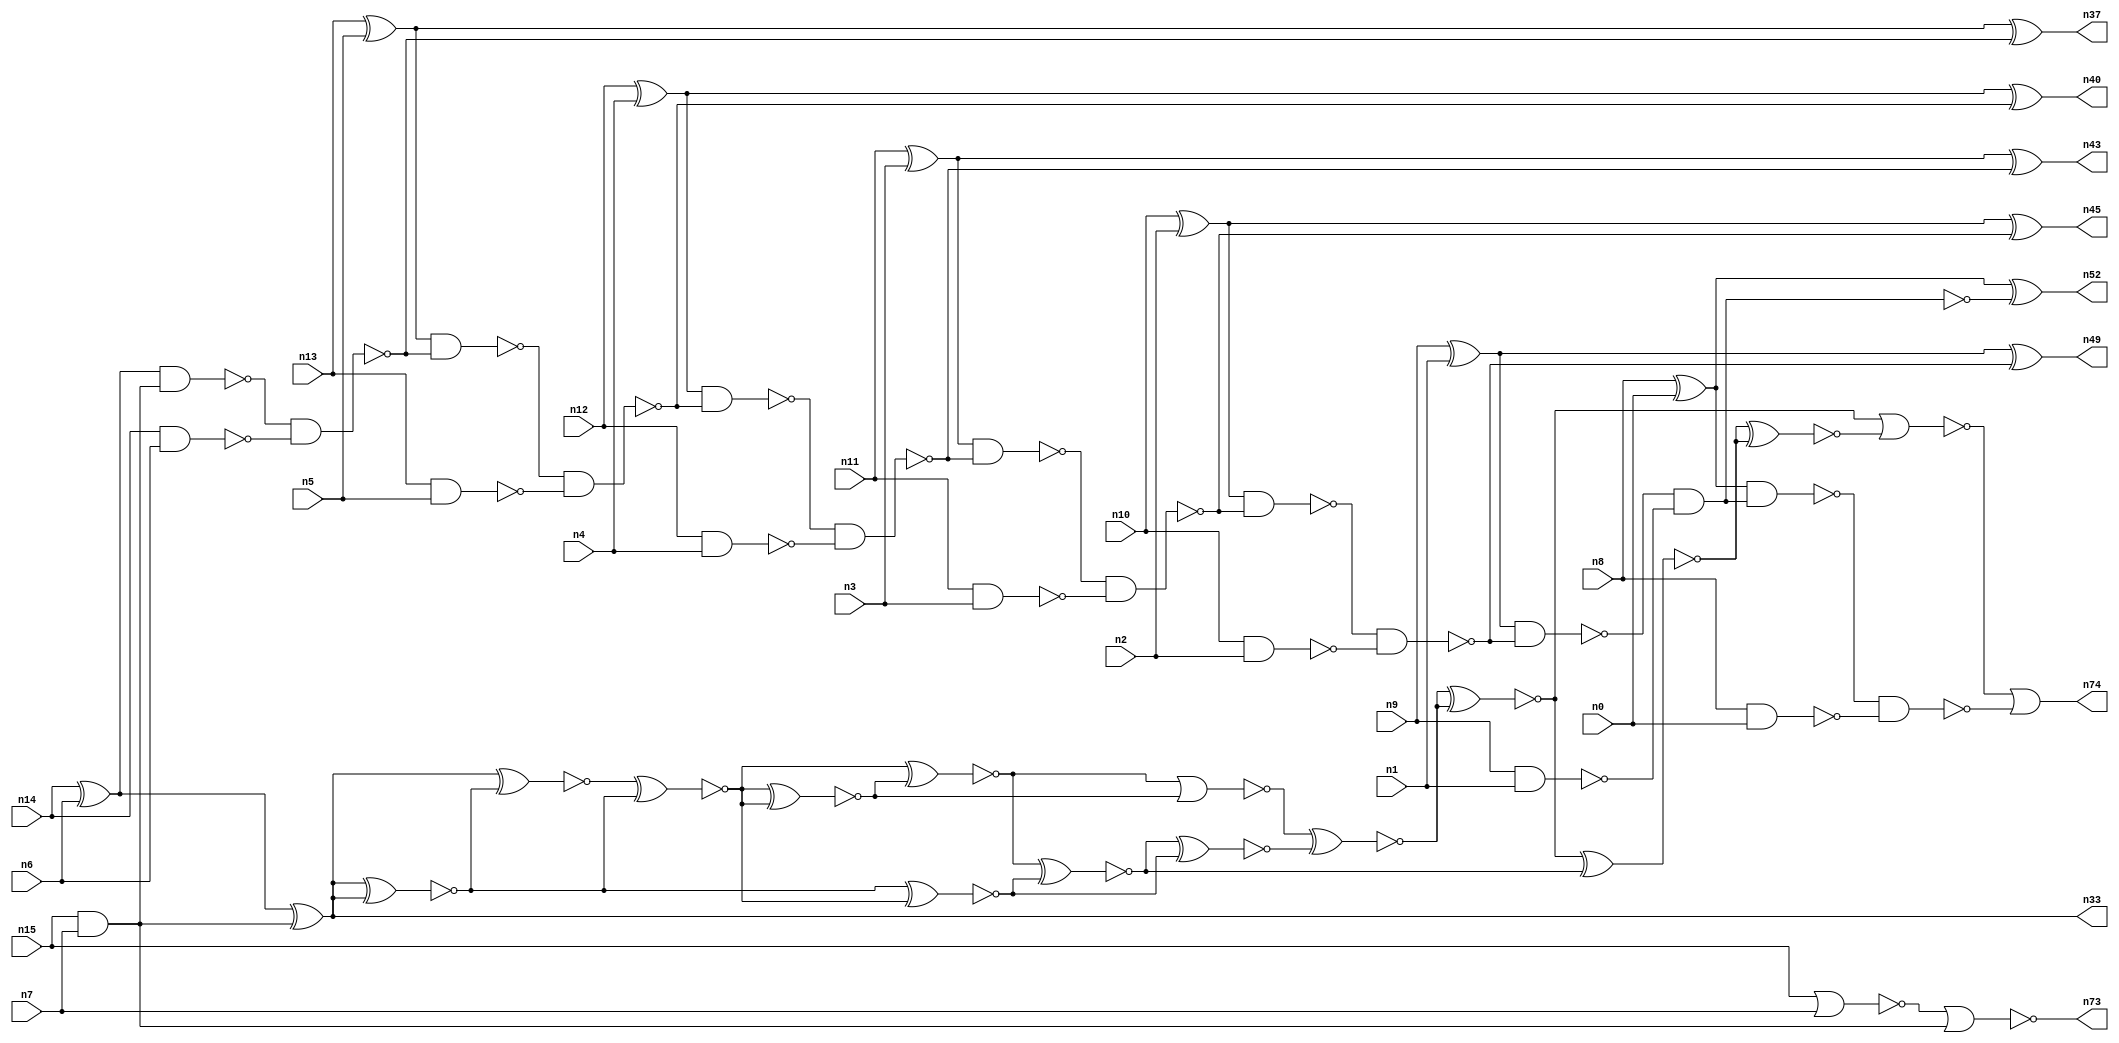
// This program was cloned from: https://github.com/umar-afzaal/ReCkt
// License: MIT License

// This file contains a pareto-optimal circuit with respect to area and the fault-resilince parameter p_fault which is defined as:
// "For all input vectors, the ratio of the no. of faults observable at the POs to the no. of total possible faults in the circuit".
// This code is part of the ReCkt library (https://github.com/umar-afzaal/ReCkt) distributed under The MIT License.
// When used, please cite the following article(s):
// U. Afzaal, A.S. Hassan, M. Usman and J.A. Lee, "On the Evolutionary Synthesis of Increased Fault-resilience Arithmetic Circuits".

// p_fault = 68.7 %    (Lower is better)
// gates = 57.0
// levels = 16
// area = 81.56    (For MCNC library relative to nand2)
// power = 446.4 uW    (Berkely-SIS for MCNC library @ Vdd=5V and 20 MHz clock)
// delay = 30.7 ns    (Berkely-ABC for MCNC library)
// PDP = 1.37045e-11 J

// Pin mapping:
// {n0, n1, n2, n3, n4, n5, n6, n7} = A[7:0]
// {n8, n9, n10, n11, n12, n13, n14, n15} = B[7:0]
// {n74, n52, n49, n45, n43, n40, n37, n33, n73} = O[8:0]

module addr8s_area_33 (
n0, n1, n2, n3, n4, n5, n6, n7, n8, n9, n10, n11, n12, n13, n14, n15, 
n74, n52, n49, n45, n43, n40, n37, n33, n73
);

input n0, n1, n2, n3, n4, n5, n6, n7, n8, n9, n10, n11, n12, n13, n14, n15;
output n74, n52, n49, n45, n43, n40, n37, n33, n73;
wire n22, n42, n28, n21, n54, n71, n72, n30, n16, n27, n24, n56, n66, n20, n53, n32, n64, n18, n55, n63, 
n51, n70, n31, n39, n25, n58, n41, n26, n35, n29, n17, n38, n19, n34, n61, n62, n65, n50, n46, n47, 
n59, n23, n36, n48, n57, n60, n68, n44;

xor (n16, n9, n1);
xor (n17, n10, n2);
xor (n18, n8, n0);
nand (n19, n14, n6);
nand (n20, n10, n2);
nand (n21, n13, n5);
and (n22, n15, n7);
nor (n23, n15, n7);
xor (n24, n13, n5);
xor (n25, n14, n6);
nand (n26, n12, n4);
xor (n27, n11, n3);
xor (n28, n12, n4);
nand (n29, n11, n3);
nand (n30, n9, n1);
nand (n31, n8, n0);
nand (n32, n25, n22);
xor (n33, n25, n22);
nor (n34, n23, n22);
nand (n35, n32, n19);
nand (n36, n24, n35);
xor (n37, n24, n35);
nand (n38, n36, n21);
nand (n39, n28, n38);
xor (n40, n28, n38);
nand (n41, n39, n26);
nand (n42, n27, n41);
xor (n43, n27, n41);
nand (n44, n42, n29);
xor (n45, n17, n44);
nand (n46, n17, n44);
nand (n47, n46, n20);
nand (n48, n16, n47);
xor (n49, n16, n47);
and (n50, n48, n30);
nand (n51, n48, n30);
xor (n52, n18, n51);
nand (n53, n18, n50);
nand (n54, n53, n31);
xnor (n55, n33, n33);
xnor (n56, n33, n33);
xnor (n57, n33, n55);
xnor (n58, n57, n56);
xnor (n59, n55, n57);
xnor (n60, n58, n59);
xnor (n61, n56, n58);
xnor (n62, n59, n60);
nor (n63, n62, n60);
xnor (n64, n62, n61);
xnor (n65, n64, n61);
xnor (n66, n63, n65);
xnor (n68, n66, n66);
xnor (n70, n68, n64);
xnor (n71, n70, n70);
nor (n72, n68, n71);
or (n73, n34, n34);
or (n74, n72, n54);

endmodule